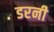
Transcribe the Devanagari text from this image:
डरनी